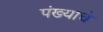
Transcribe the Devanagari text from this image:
पंख्याचे